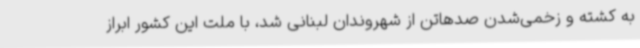
به کشته و زخمی‌شدن صدهاتن از شهروندان لبنانی شد، با ملت این کشور ابراز